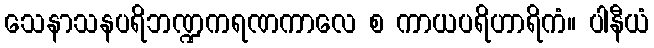
သေနာသနပရိဘဏ္ဍကရဏကာလေ စ ကာယပရိဟာရိကံ။ ပါနီယံ